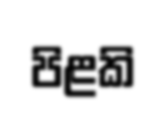
පිළකි